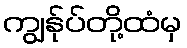
ကျွန်ုပ်တို့ထံမှ